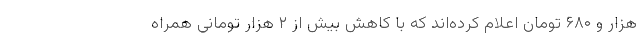
هزار و ۶۸۰ تومان اعلام کرده‌اند که با کاهش بیش از ۲ هزار تومانی همراه